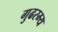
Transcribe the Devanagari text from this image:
गुढरम्य